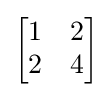
{\begin{bmatrix}1&2\\2&4\end{bmatrix}}